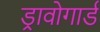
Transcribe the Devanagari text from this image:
ड्रावोगार्ड